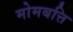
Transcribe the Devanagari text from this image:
मोमबत्ति